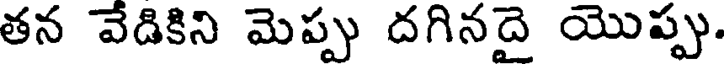
తన వేడికిని మెప్పు దగినదై యొప్పు.